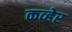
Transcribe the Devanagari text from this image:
कव्हेर